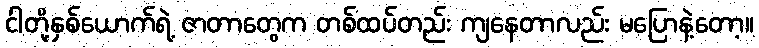
ငါတို့နှစ်ယောက်ရဲ့ ဇာတာတွေက တစ်ထပ်တည်း ကျနေတာလည်း မပြောနဲ့တော့။